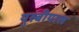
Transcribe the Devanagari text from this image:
युस्बीयास